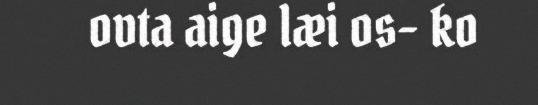
ovta aige læi os- ko